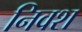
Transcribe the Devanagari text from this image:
निवश